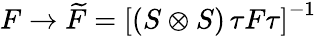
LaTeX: F\rightarrow\widetilde{F}=\left[(S\otimes S)\, \tau F\tau\right]^{-1}